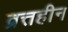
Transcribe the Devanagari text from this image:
व्रत्तहीन